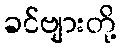
ခင်ဗျားတို့